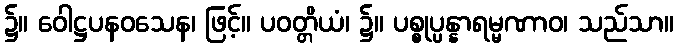
၌။ ဝေါဋ္ဌပနဝသေန၊ ဖြင့်။ ပဝတ္တိယံ၊ ၌။ ပစ္စုပ္ပန္နာရမ္မဏာဝ၊ သည်သာ။